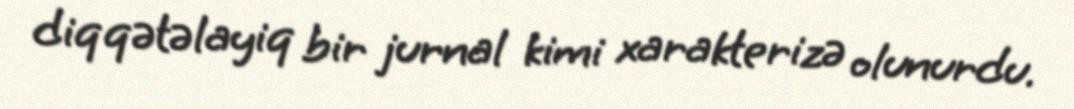
diqqətəlayiq bir jurnal kimi xarakterizə olunurdu.